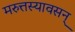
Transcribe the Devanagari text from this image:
मरुत्तस्यावसन्